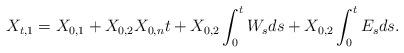
LaTeX: \begin{align*}X_{t,1} = X_{0,1} +X_{0,2}X_{0,n}t + X_{0,2}\int_0^t W_s ds + X_{0,2}\int_0^t E_s ds.\end{align*}